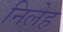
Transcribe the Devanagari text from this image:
निलेह